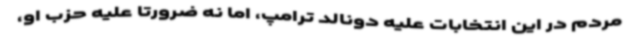
مردم در این انتخابات علیه دونالد ترامپ، اما نه ضرورتاً علیه حزب او،